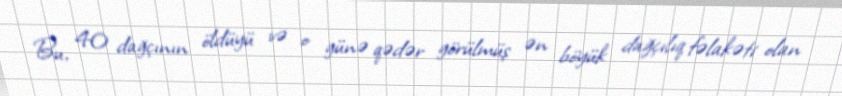
Bu, 40 dağçının öldüyü və o günə qədər görülmüş ən böyük dağçılıq fəlakəti olan